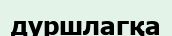
дуршлагқа